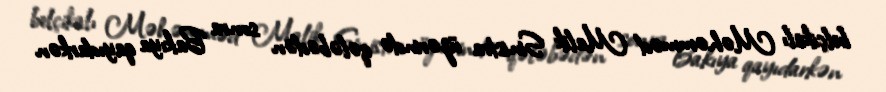
belçikalı Məhəmməd Malik Sinistra üzərində qələbədən sonra Bakıya qayıdarkən